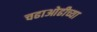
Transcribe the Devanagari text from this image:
चढाओढीच्या